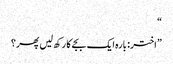
“
”اختر: بارہ ایک بجے کا رکھ لیں پھر؟